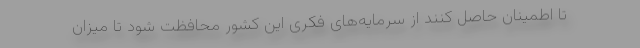
تا اطمینان حاصل کنند از سرمایه‌های فکری این کشور محافظت شود تا میزان